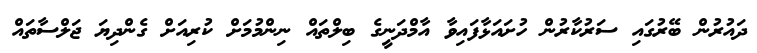
ދައުރުން ބޭރުގައި ސަރުކާރުން ހުށައަޅާފައިވާ އާމްދަނީގެ ބިލްތައް ނިންމުމަށް ކުރިއަށް ގެންދިޔަ ޖަލްސާތައް